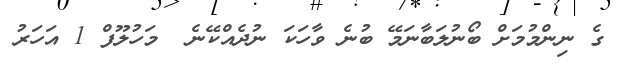
ގެ ނިންމުމަށް ބޯނުލަބާނަމޭ ބުނެ ވާހަކަ ނުދެއްކޭނެ  މަހުލޫފް 1 އަހަރު